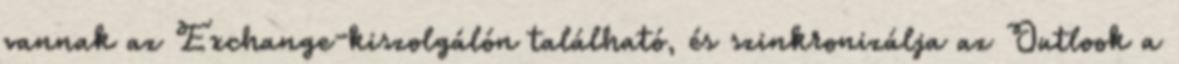
vannak az Exchange-kiszolgálón található, és szinkronizálja az Outlook a